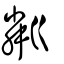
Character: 粼